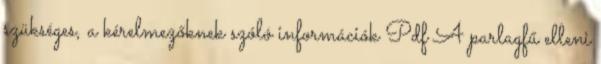
szükséges, a kérelmezőknek szóló információk Pdf A parlagfű elleni